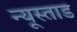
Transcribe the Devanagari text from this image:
न्यूस्ताड